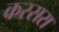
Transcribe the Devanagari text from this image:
करसरा